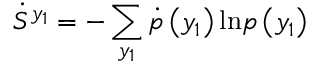
\dot { S } ^ { y _ { 1 } } = - \sum _ { y _ { 1 } } \dot { p } \left( y _ { 1 } \right) \mathrm { l n } p \left( y _ { 1 } \right)